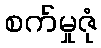
စက်မှုဇုံ